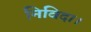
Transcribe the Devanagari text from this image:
निविदा।